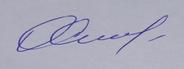
Signature authenticity: genuine